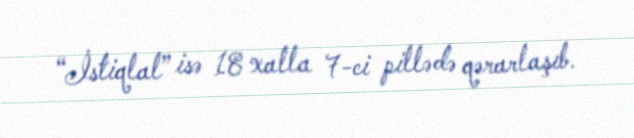
“İstiqlal” isə 18 xalla 7-ci pillədə qərarlaşıb.